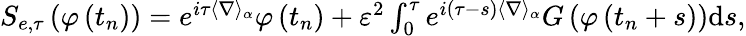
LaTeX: \begin{array}{r}{S_{e,\tau}\left(\varphi\left(t_{n}\right)\right)=e^{i\tau\langle\nabla\rangle_{\alpha}}\varphi\left(t_{n}\right)+\varepsilon^{2}\int_{0}^{\tau}e^{i(\tau-s)\langle\nabla\rangle_{\alpha}}G\left(\varphi\left(t_{n}+s\right)\right)\textrm{d}s,}\end{array}